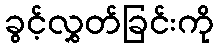
ခွင့်လွှတ်ခြင်းကို